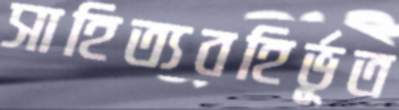
সাহিত্যবহির্ভূত